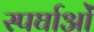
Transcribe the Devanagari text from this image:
स्पर्घाओं